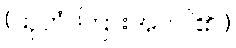
(သုတံ၊ ကြားအပ်ပါ၏။)